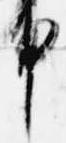
中